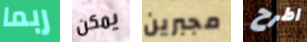
ربما يمكن مجبرين اطرح